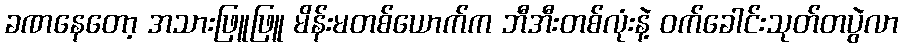
ခဏနေတော့ အသားဖြူဖြူ မိန်းမတစ်ယောက်က ဘီအီးတစ်လုံးနဲ့ ဝက်ခေါင်းသုတ်တပွဲလာ